Report of the Indian Hemp Drugs Commission, 1894-1895 - Volume VI
Year: 1894
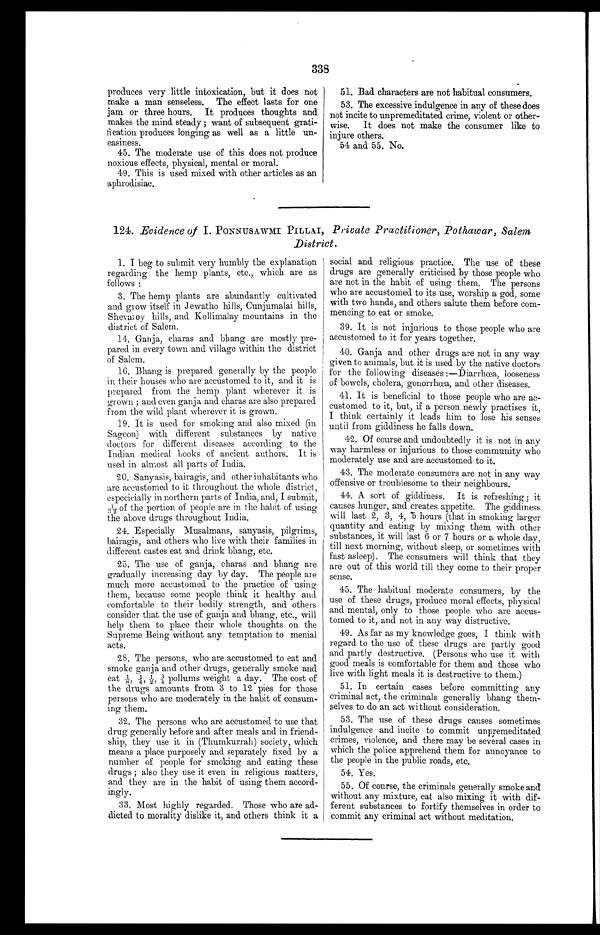
338
produces very little intoxication, but it does not
make a man senseless. The effect lasts for one
jam or three hours. It produces thoughts and
makes the mind steady ; want of subsequent grati-
fication produces longing as well as a little un-
easiness.
45. The moderate use of this does not produce
noxious effects, physical, mental or moral.
49. This is used mixed with other articles as an
aphrodisiac.
51. Bad characters are not habitual consumers.
53. The excessive indulgence in any of these does
not incite to unpremeditated crime, violent or other-
wise. It does not make the consumer like to
injure others.
54 and 55. No.
124. Evidence of I. PONNUSAWMI PILLAI, Private Practitioner, Pothawar, Salem,
District.
1. I beg to submit very humbly the explanation
regarding the hemp plants, etc., which are as
follows :
3. The hemp plants are abundantly cultivated
and grow itself in Jewatho hills, Cunjumalai hills,
Shevaroy hills, and Kollimalay mountains in the
district of Salem.
14. Ganja, charas and bhang are mostly Pre-
pared in every town and village within the district
of Salem.
16. Bhang is prepared generally by the people
in their houses who are accustomed to it, and it is
prepared from the hemp plant wherever it is
grown ; and even ganja and charas are also prepared
from the wild plant wherever it is grown.
19. It is used for smoking and also mixed (in
Sageon) with different substances by native
doctors for different diseases according to the
Indian medical books of ancient authors. It is
used in almost all parts of India.
20. Sanyasis, bairagis, and other inhabitants who
are accustomed to it throughout the whole district,
especicially in northern parts of India, and, I submit,
1/32 of the portion of people are in the habit of using
the above drugs throughout India.
24. Especially Musalmans, sanyasis, pilgrims,
hairagis, and others who live with their families in
different castes eat and drink bhang, etc.
25. The use of ganja, charas and bhang are
gradually increasing day by day. The people are
much more accustomed to the practice of using
them, because some people think it healthy and
comfortable to their bodily strength, and others
consider that the use of ganja and bhang, etc., will
help them to place their whole thoughts on the
Supreme Being without any temptation to menial
acts.
28. The persons, who are accustomed to eat and
smoke ganja and other drugs, generally smoke and
eat ⅛ ¼ ½ ¾ pollums weight a day. The cost of
the drugs amounts from 3 to 12 pies for those
persons who are moderately in the habit of consum-
ing them.
32. The persons who are accustomed to use that
drug generally before and after meals and in friend-
ship, they use it in (Thumkurrah) society, which
means a place purposely and separately fixed by a
number of people for smoking and eating these
drugs ; also they use it even in religious matters,
and they are in the habit of using them accord-
ingly.
33. Most highly regarded. Those who are ad-
dicted to morality dislike it, and others think it a
social and religious practice. The use of these
drugs are generally criticised by those people who
are not in the habit of using them. The persons
who are accustomed to its use, worship a god, some
with two hands, and others salute them before com-
mencing to eat or smoke.
39. It is not injurious to those people who are
accustomed to it for years together.
40. Ganja and other drugs are not in any way
given to animals, but it is used by the native doctors
for the following diseases :—Diarrhoea, looseness
of bowels, cholera, gonorrhœa, and other diseases.
41. It is beneficial to those people who are ac-
customed to it, but, if a person newly practises it,
I think certainly it leads him to lose his senses
until from giddiness he falls down.
42. Of course and undoubtedly it is not in any
way harmless or injurious to those community who
moderately use and are accustomed to it.
43. The moderate consumers are not in any way
offensive or troublesome to their neighbours.
44. A sort of giddiness. It is refreshing; it
causes hunger, and creates appetite. The giddiness
will last 2, 3, 4, 5 hours (that in smoking larger
quantity and eating by mixing them with other
substances, it will last 6 or 7 hours or a whole day,
till next morning, without sleep, or sometimes with
fast asleep). The consumers will think that they
are out of this world till they come to their proper
sense.
45. The habitual moderate consumers, by the
use of these drugs, produce moral effects, physical
and mental, only to those people who are accus-
tomed to it, and not in any way distructive,
49. As far as my knowledge goes, I think with
regard to the use of these drugs are partly good.
and partly destructive. (Persons who use it with
good meals is comfortable for them and those who
live with light meals it is destructive to them.)
51. In certain cases before committing any
criminal act, the criminals generally bhang them-
selves to do an act without consideration.
53, The use of these drugs causes sometimes
indulgence and incite to commit unpremeditated
crimes, violence, and there may be several cases in
which the police apprehend them for annoyance to
the people in the public roads, etc.
54. Yes.
55. Of course, the criminals generally smoke and
without any mixture, eat also mixing it with dif-
ferent substances to fortify themselves in order to
commit any criminal act without meditation.